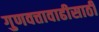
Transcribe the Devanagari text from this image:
गुणवत्तावाढीसाठी